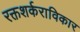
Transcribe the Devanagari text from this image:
रक्तशर्कराविकार